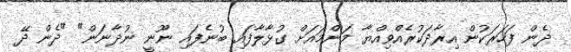
ދެން ފަހަރަކުން އިރާދަކުރެއްވިއްޔާ މަންމައަށް ގުޅާލާފައި ބުނެފައި ނޫނީ ނުދާނަން" "ދެން ދޭ